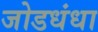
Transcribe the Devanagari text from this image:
जोडधंधा